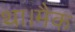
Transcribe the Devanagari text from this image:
था।मैक